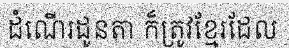
ដំណើរដូនតា ក៏ត្រូវខ្មែរដែល